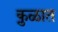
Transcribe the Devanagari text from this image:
कु़ळात